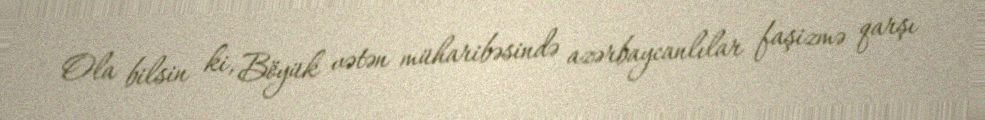
Ola bilsin ki, Böyük vətən müharibəsində azərbaycanlılar faşizmə qarşı